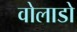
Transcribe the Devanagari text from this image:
वोलाडो